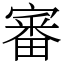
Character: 審